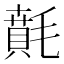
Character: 𣯻